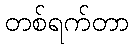
တစ်ရက်တာ